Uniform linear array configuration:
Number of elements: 48
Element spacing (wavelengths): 0.75
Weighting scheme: hamming
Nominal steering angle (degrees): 60
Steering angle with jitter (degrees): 60.503
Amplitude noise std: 0.05
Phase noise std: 0.05

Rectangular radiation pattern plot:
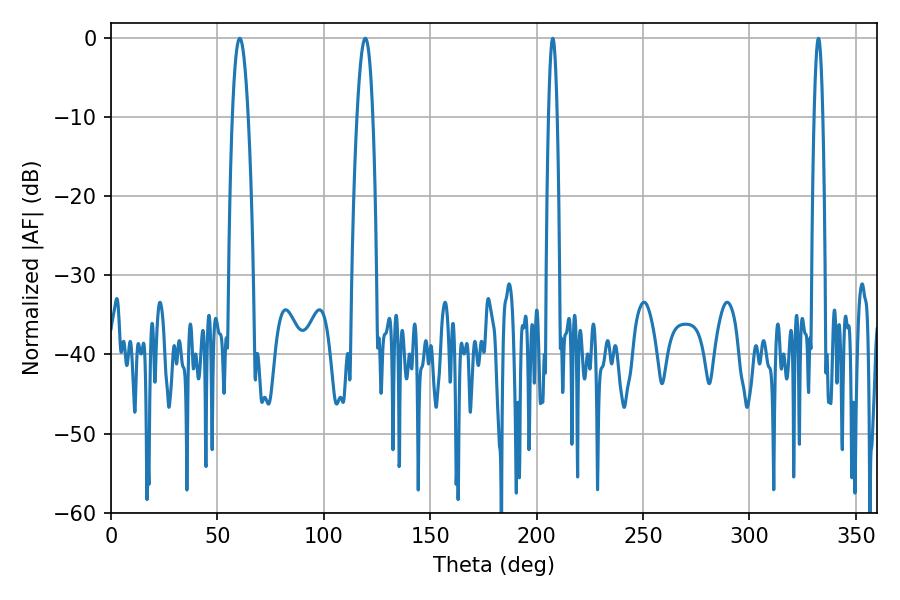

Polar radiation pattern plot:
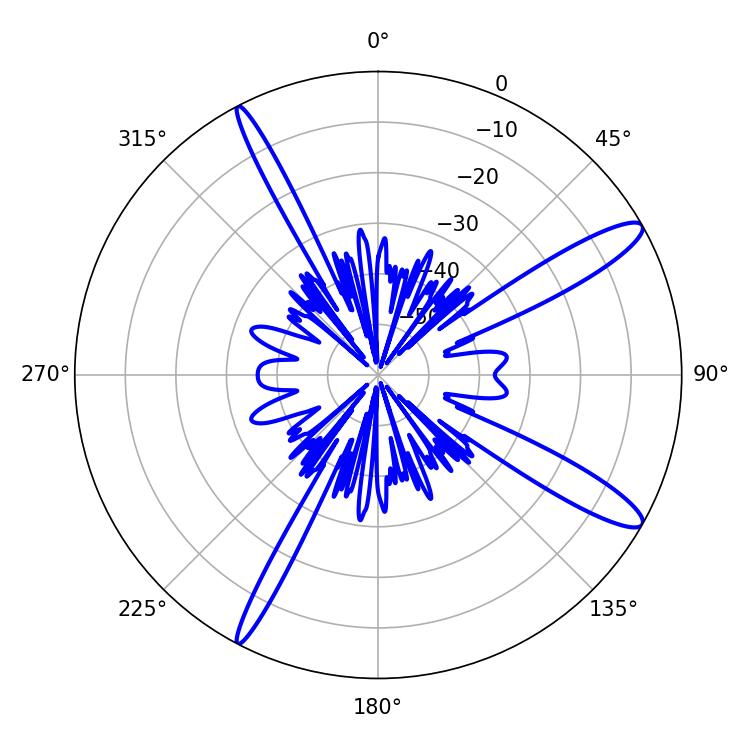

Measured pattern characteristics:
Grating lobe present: TRUE
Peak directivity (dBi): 13.217
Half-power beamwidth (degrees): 4.14
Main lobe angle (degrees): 60.48